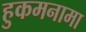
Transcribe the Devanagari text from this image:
हुकमनामा